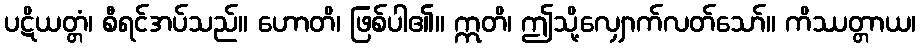
ပဋိယတ္တံ၊ စီရင်အပ်သည်။ ဟောတိ၊ ဖြစ်ပါ၏။ ဣတိ၊ ဤသို့လျှောက်လတ်သော်။ ကိဿတ္တာယ၊